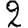
Digit: 2